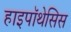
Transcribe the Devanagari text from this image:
हाइपॉथेसिस